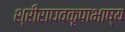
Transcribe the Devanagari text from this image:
श्रीराघवकृपाभाष्य